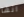
انها